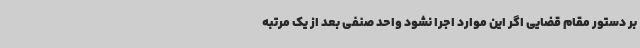
بر دستور مقام قضایی اگر این موارد اجرا نشود واحد صنفی بعد از یک مرتبه